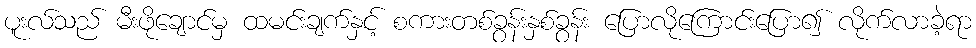
ပူးလ်သည် မီးဖိုချောင်မှ ထမင်းချက်နှင့် စကားတစ်ခွန်းနှစ်ခွန်း ပြောလိုကြောင်းပြော၍ လိုက်လာခဲ့ရာ